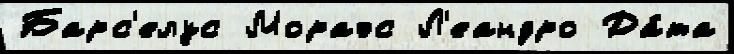
Барс'елус Мораэс Л'еандро Да́та